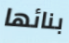
بنائها